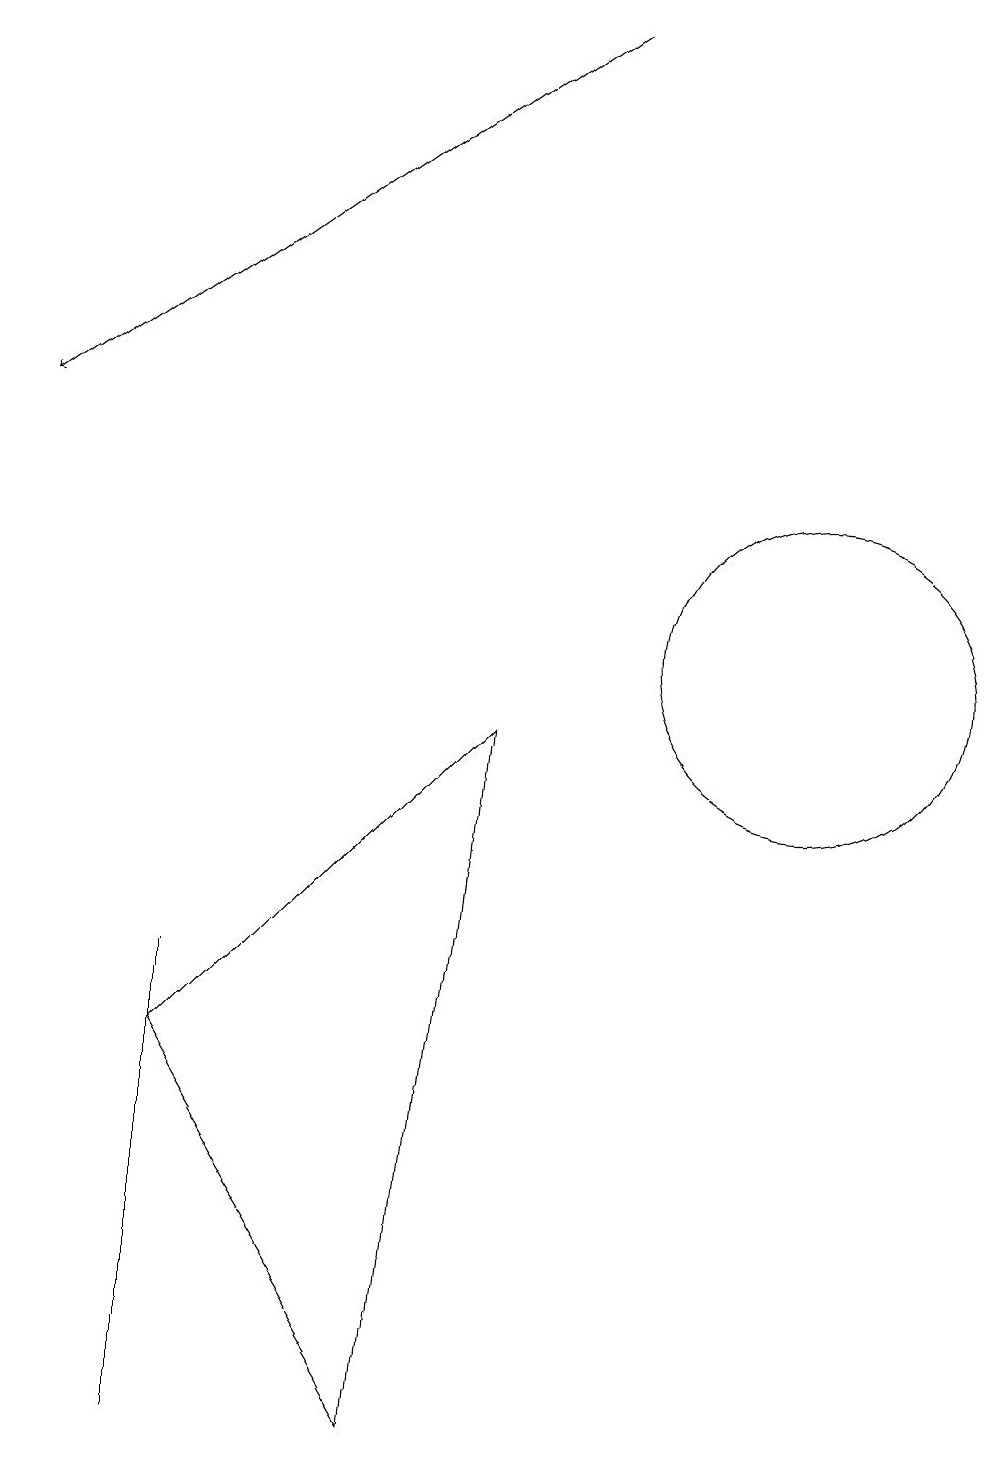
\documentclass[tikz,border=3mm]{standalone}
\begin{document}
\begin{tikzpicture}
\draw (3,5) -- (6,0) -- (7,9) -- cycle;
\draw (11,10) circle (2);
\draw[->] (8,18) -- (1,13);
\draw (3,0) -- (3,6) -- (3,3) -- cycle;
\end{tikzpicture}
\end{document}